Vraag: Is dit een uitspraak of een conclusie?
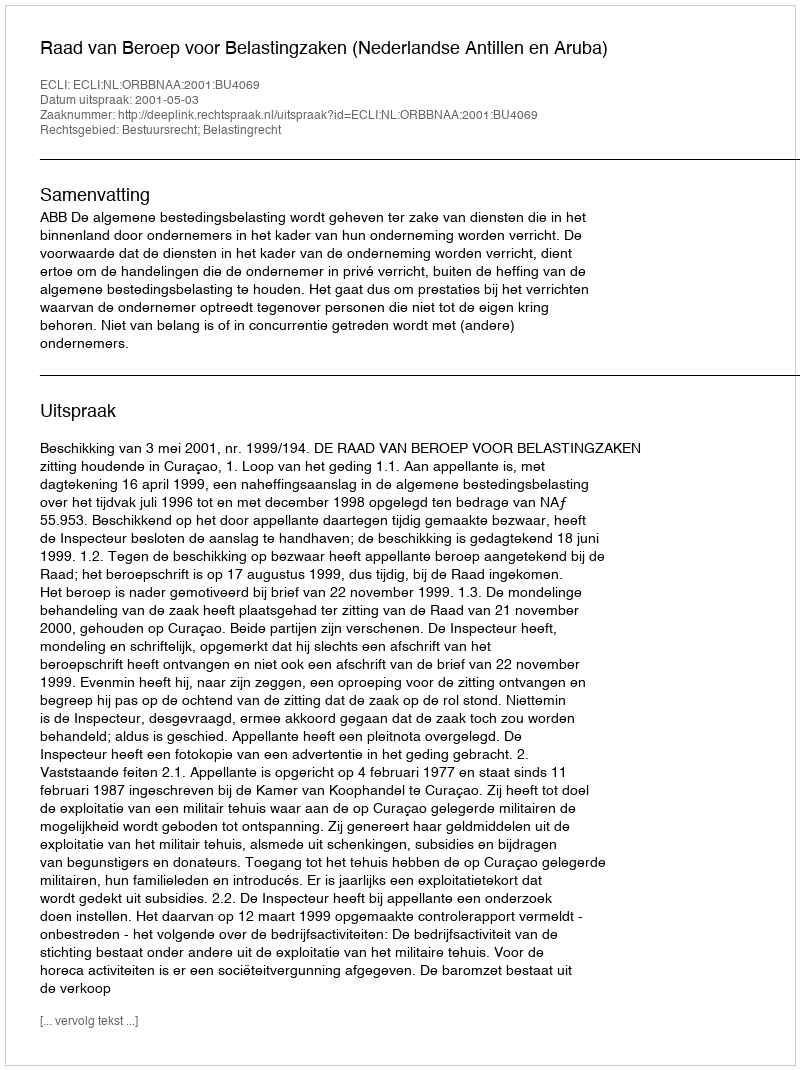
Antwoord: Uitspraak